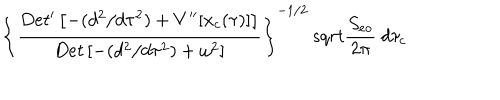
LaTeX: \left\{ { \frac { D e t ^ { \prime } \left[ - ( d ^ { 2 } / d \tau ^ { 2 } ) + V ^ { \prime \prime } [ x _ { c } ( \tau ) ] \right] } { D e t \left[ - ( d ^ { 2 } / d \tau ^ { 2 } ) + \omega ^ { 2 } \right] } } \right\} ^ { - 1 / 2 } \, s q r t { { \frac { S _ { e o } } { 2 \pi } } } \ d \tau _ { c }